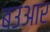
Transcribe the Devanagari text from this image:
बउआर